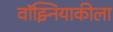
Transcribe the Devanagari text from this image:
वॉझ्नियाकीला